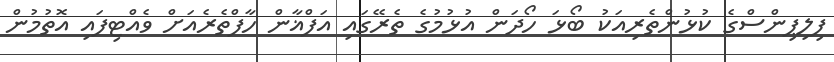
ފިލިޕިންސްގެ ކުޅުންތެރިއަކު ބޯޯޅަ ހޯދަން އުޅުމުގެ ތެރޭގައި އަފްޣާން ހާފްތެރެއަށް ވެއްޓިފައި އޮތުމުން